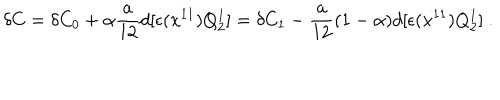
\delta C = \delta C _ { 0 } + \alpha { \frac { a } { 1 2 } } d [ \epsilon ( x ^ { 1 1 } ) Q _ { 2 } ^ { 1 } ] = \delta C _ { 1 } - { \frac { a } { 1 2 } } ( 1 - \alpha ) d [ \epsilon ( x ^ { 1 1 } ) Q _ { 2 } ^ { 1 } ] \ .